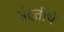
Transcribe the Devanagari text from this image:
संहतीचे